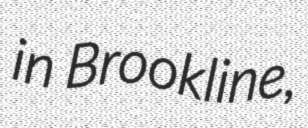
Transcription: in Brookline,